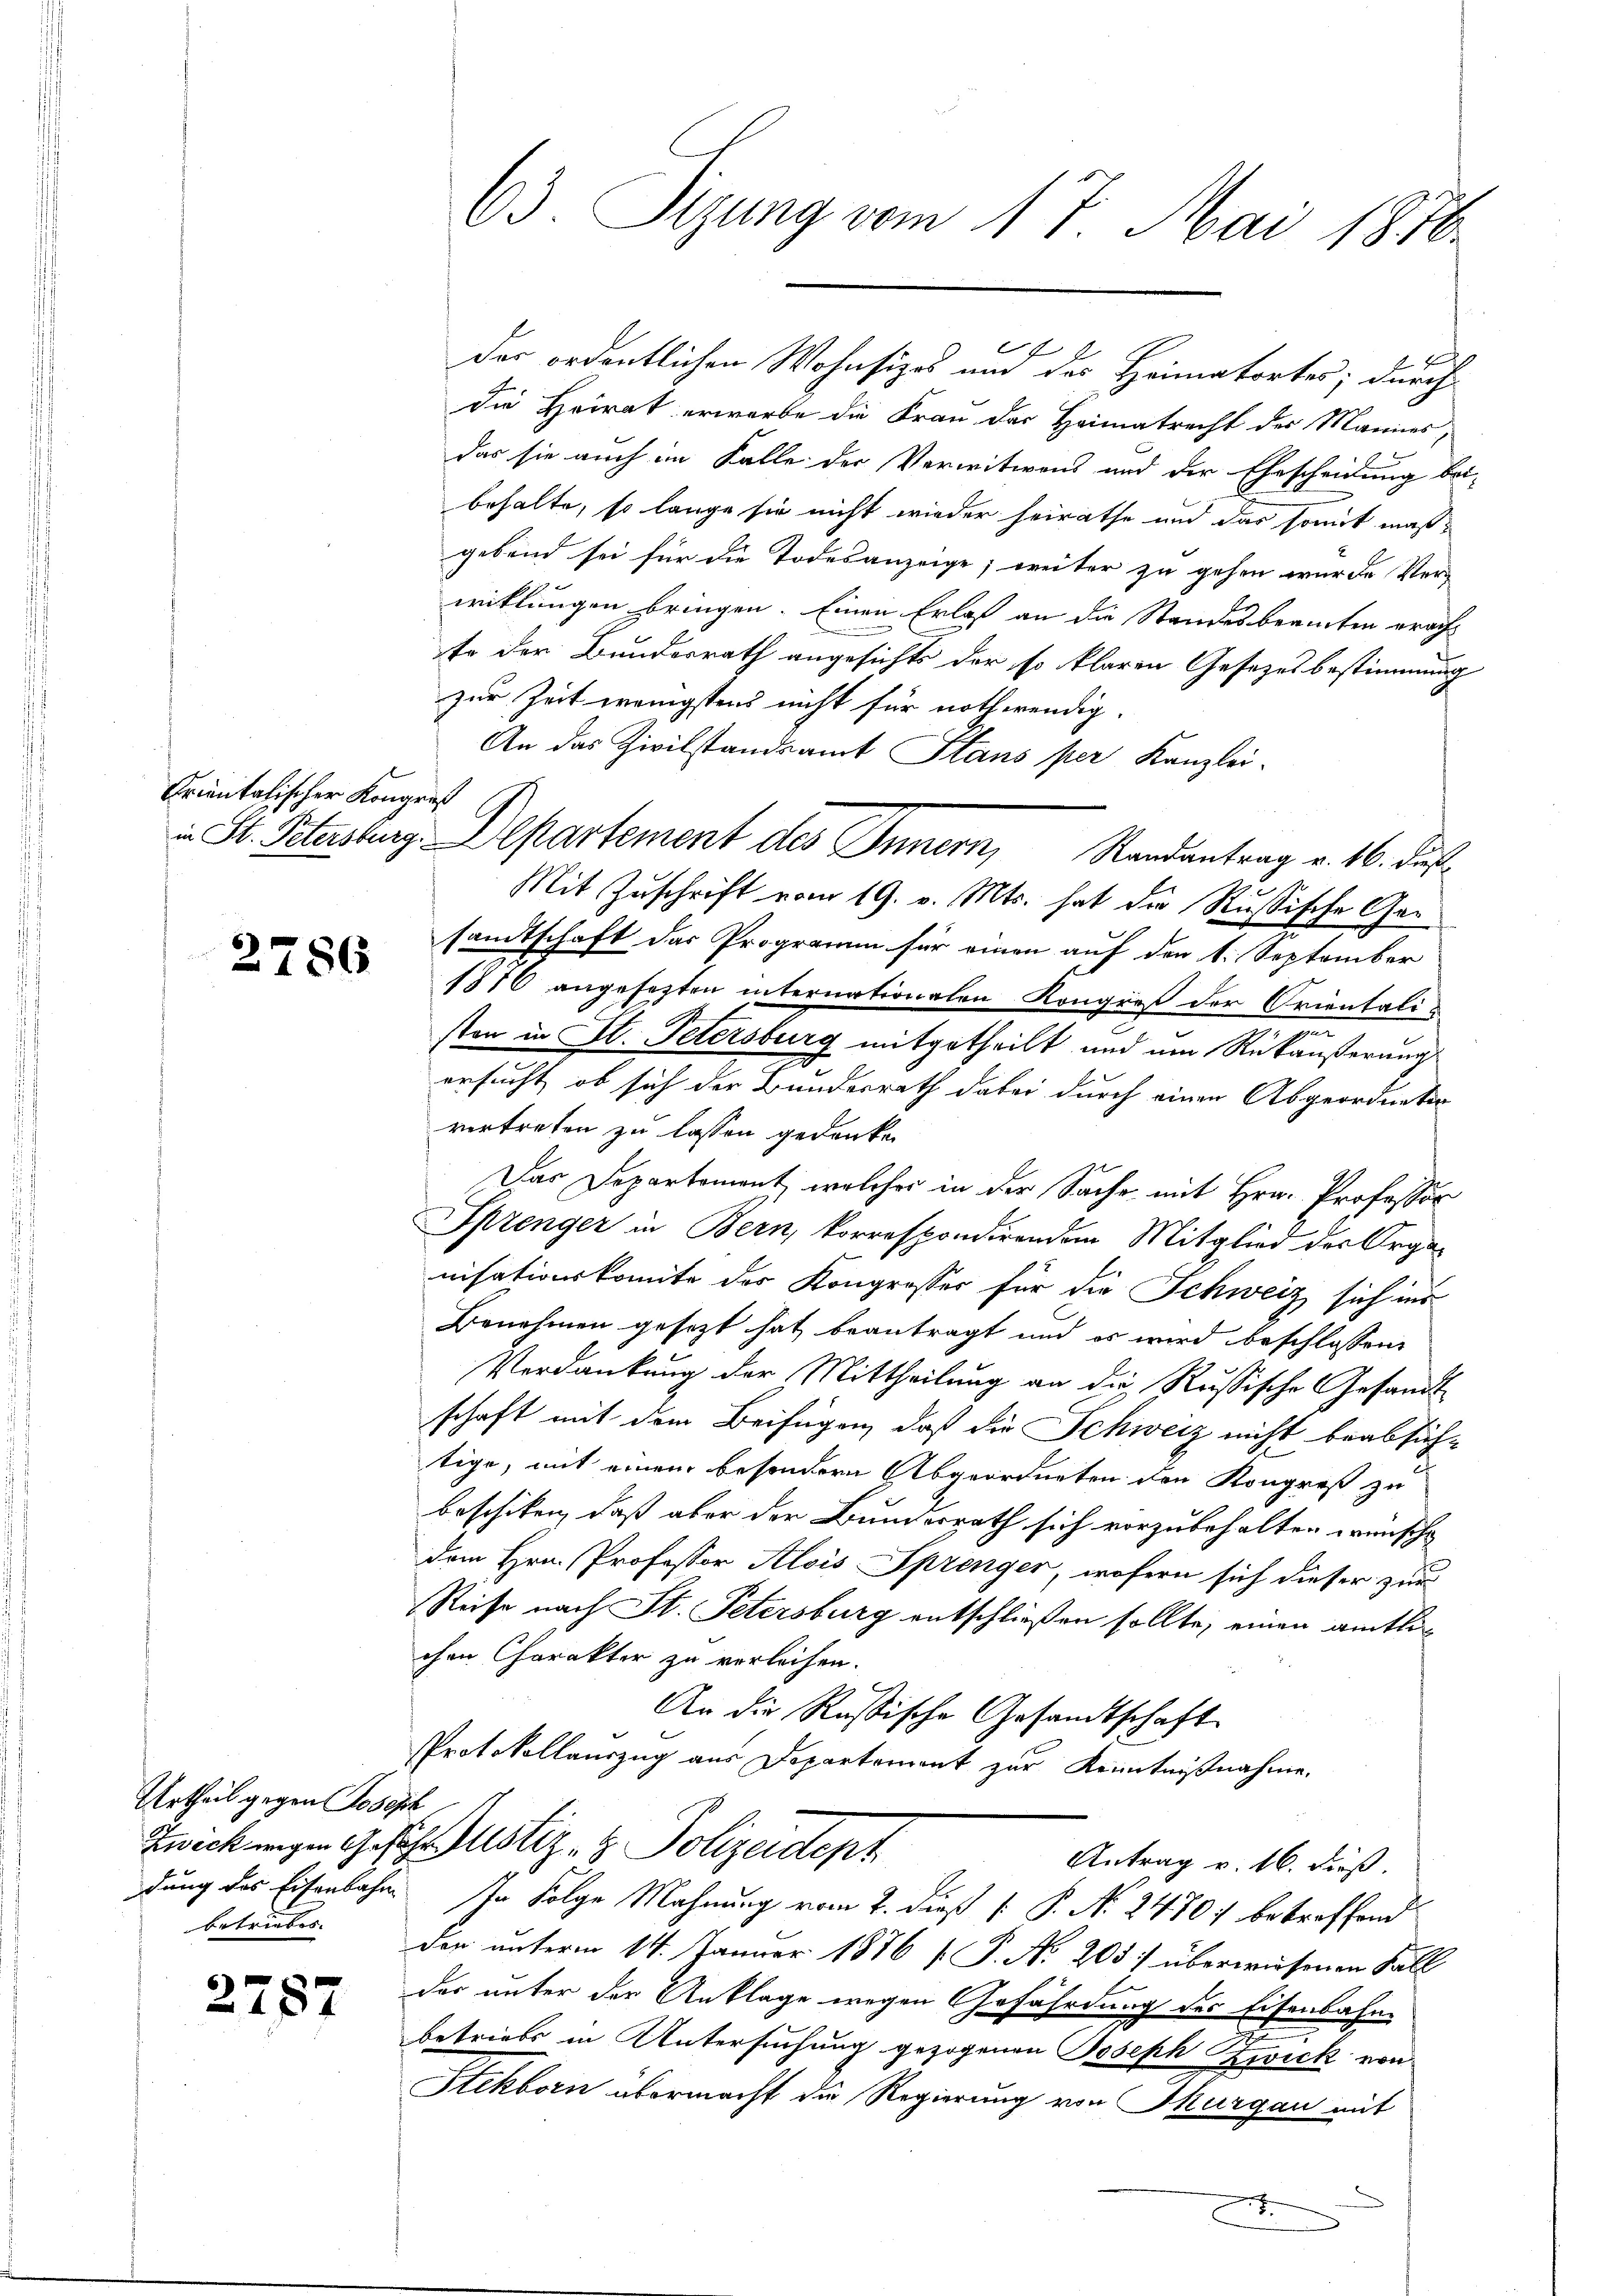
Krientalischer Kongreß

2786

Urtheil gegen Joseph
betriebes.

2787

63. Sigung vom 17. Mai 1876.

die Heirat erwarbe die Frau der Heimatrecht der Mannes,
das sie auch im Falle der Verwitwens und der Ehescheidung bei-
behalte, so lange sie nicht wieder heirathe und das somit maßgebend sei für die Todesanzeige, weiter zu gehen wurde Verwiklungen bringen. Einen Erlaß an die Standesbeamten erachte der Bundesrath angesichts der so klaren Gesetzesbestimmung
zur Zeit wenigstens nicht für nothwendig.
An das Zivilstandsamt Stans per Kanzlei-
Mit Zuschrift vom 19. v. Mts. hat die Russische Garsamtschaft das Programm für einen auf den 1. September
1876 angesezten internationalen Kongroß der Orientalis
m
ston in St. Petersburg mitgetheilt und um Rückäußerung
ersucht, ob sich der Bundesrath dabei durch einen Abgeordneter
vertreten zu lassen gedenken
Das Departement, welcher in der Sache mit Hrn. Professor
Sprenger in Bern, korrespondirendem Mitglied der Organisationskomite des Kongresser für die Schweiz sich ins
Benehmen gesetzt hat beantragt und es wird beschlossene
Verdankung der Mittheilung an die Russische Gesandt
schaft mit dem Beifügen, daß die Schweiz nicht beabsichtige, mit einem besondern Abgeordneten den Kongreß zu
beschiken, daß aber der Bundesrath sich vorzubehalten wünsche
dem Hrn. Professor Alois Sprenger, wofern sich dieser zur
Reise nach St. Petersburg entschließen sollte, einen amtlic
chen Charakter zu verleihen.
An die Russische Gesandtschaft
Protokollauszug aus Departement zur Kenntnißnahme.

A
Das ordentlichen Wohnsizes um des Heimatortes; durch

i St. Petersburg. Departement des Innern, Randantrag v. 16. Fuß

Zwickungen Gesetz Justiz- & Polizeidept
Antrag v. 16. Fuß.

dung des Eisenbahn. In Folge Mahnung vom 2. dieß [ P. N. 2470; betreffend
den unterm 14. Januar 1876 [P. Nr. 203) überwiesenen Fäll
der unter der Anklage wegen Gefährdung des Eisenbahn-
betriebs in Untersuchung gezogenen Joseph Zwick von
Stekborn übermacht die Regierung von Thurgau mit

.

e